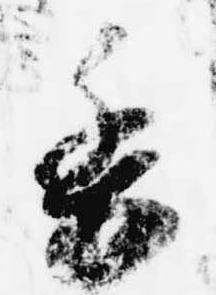
委